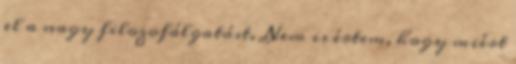
el a nagy filozofálgatást. Nem is értem, hogy miért